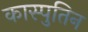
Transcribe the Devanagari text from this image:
कास्पुतिन